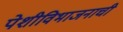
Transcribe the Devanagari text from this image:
पेशीविभाजनाची